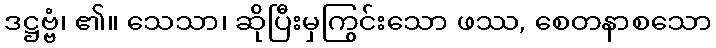
ဒဋ္ဌဗ္ဗံ၊ ၏။ သေသာ၊ ဆိုပြီးမှကြွင်းသော ဖဿ, စေတနာစသော